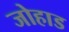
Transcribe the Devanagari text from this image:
जोहाड